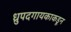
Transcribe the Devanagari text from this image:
ध्रुपदगायकाकडून